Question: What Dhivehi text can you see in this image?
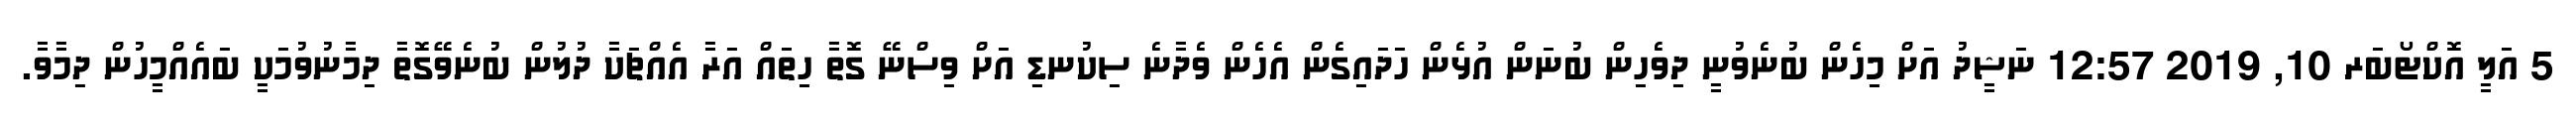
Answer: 5 އަލީ އޮކްޓޯބަރ 10, 2019 12:57 ނަޝީދު އަށް މިހެން ބުނެވުނީ ދިވެހިން ބުނަން އުޅެން ހަދައިގެން އެހެން ވެދާނެ ސިކުނޑި އަށް ވިސްނޭ ގޮތާ ހިތައް އަރާ އެއްޗަކާ ދުލުން ބުނެވޭގޮތާ ދިމާނުވުމަކީ ބައެއްމީހުން ދިމާވާ.